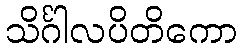
သိင်္ဂါလပိတိကော